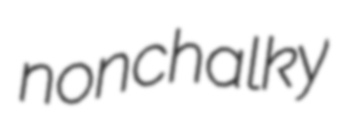
nonchalky